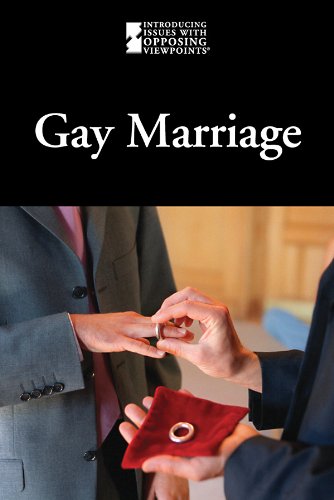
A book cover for Gay Marriage (Introducing Issues With Opposing Viewpoints); Teen & Young Adult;